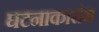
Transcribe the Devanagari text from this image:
घटनाकारांस